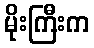
မိုးကြီးက